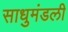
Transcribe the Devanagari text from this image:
साधुमंडली